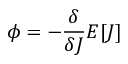
\phi = - { \frac { \delta } { \delta J } } E [ J ]